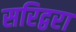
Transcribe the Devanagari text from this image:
सरिद्वरा